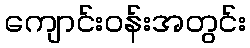
ကျောင်းဝန်းအတွင်း